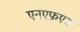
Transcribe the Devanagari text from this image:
एनएफ़एस